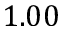
1 . 0 0